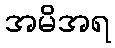
အမိအရ